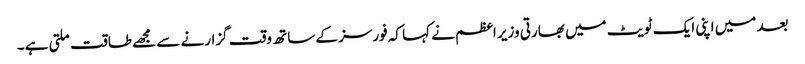
بعد میں اپنی ایک ٹویٹ میں بھارتی وزیر اعظم نے کہا کہ فورسز کے ساتھ وقت گزارنے سے مجھے طاقت ملتی ہے۔